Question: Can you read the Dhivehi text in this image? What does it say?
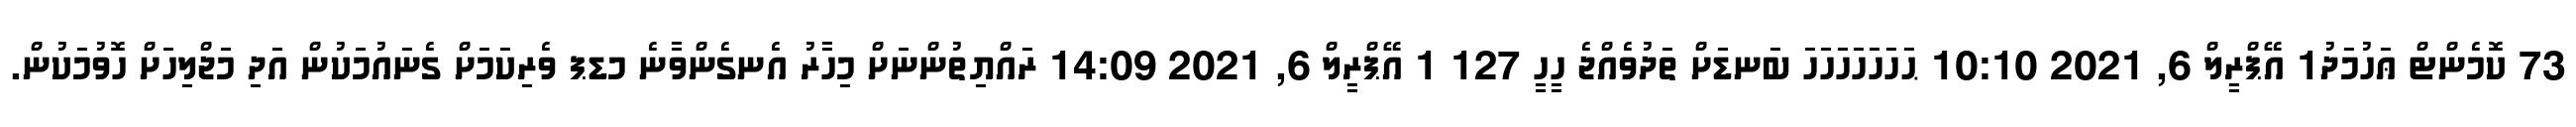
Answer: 73 ކޮމެންޓް ޢަހުމަދު1 އޭޕްރީލް 6, 2021 10:10 ޙަހަހަހަހަހަހަ ބަނޑަށް ތަދުވެއްޖެ ހީހީ 127 1 އޭޕްރީލް 6, 2021 14:09 ރައްޔިތުންނަށް މިހާރު އެނގެންވާނެ މޑޕ ވެރިކަމަށް ގެނައުމަކުން އަދި މަޖްލިހަށް ހޮވުމަކުން.